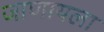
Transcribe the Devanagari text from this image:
जाणायला